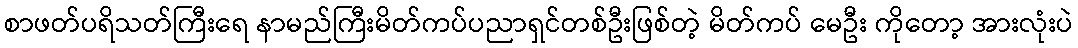
စာဖတ်ပရိသတ်ကြီးရေ နာမည်ကြီးမိတ်ကပ်ပညာရှင်တစ်ဦးဖြစ်တဲ့ မိတ်ကပ် မေဦး ကိုတော့ အားလုံးပဲ